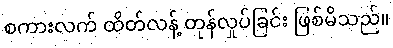
စကားလက် ထိတ်လန့် တုန်လှုပ်ခြင်း ဖြစ်မိသည်။